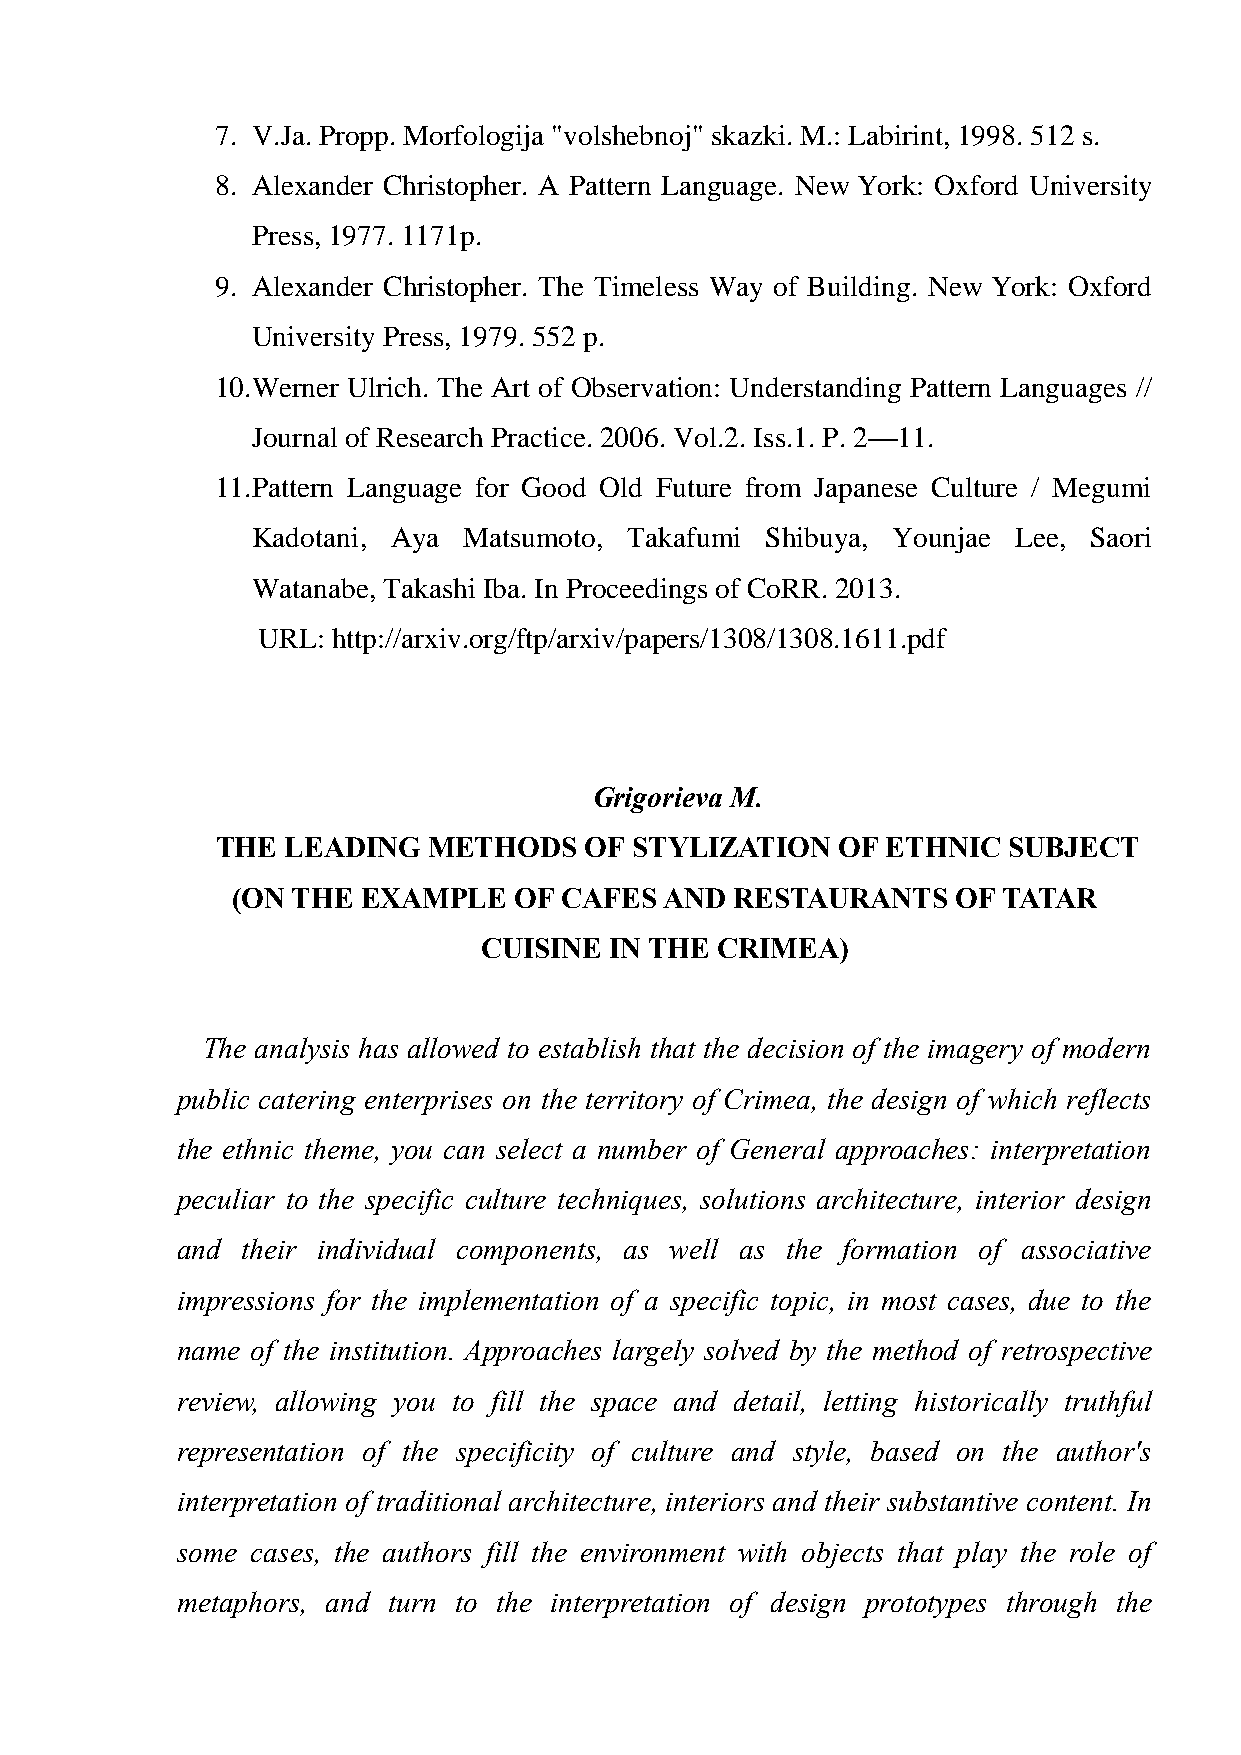
7. V.Ja. Propp. Morfologija "volshebnoj" skazki. M.: Labirint, 1998. 512 s.
 8. Alexander Christopher. A Pattern Language. New York: Oxford University
 Press, 1977. 1171p.
 9. Alexander Christopher. The Timeless Way of Building. New York: Oxford
 University Press, 1979. 552 p.
 10. Werner Ulrich. The Art of Observation: Understanding Pattern Languages //
 Journal of Research Practice. 2006. Vol.2. Iss.1. P. 2—11.
 11. Pattern Language for Good Old Future from Japanese Culture / Megumi
 Kadotani, Aya Matsumoto, Takafumi Shibuya, Younjae Lee, Saori
 Watanabe, Takashi Iba. In Proceedings of CoRR. 2013.
 URL: http://arxiv.org/ftp/arxiv/papers/1308/1308.1611.pdf
 Grigorieva M.
 THE  LEADING  METHODS    OF STYLIZATION   OF ETHNIC  SUBJECT
 (ON THE  EXAMPLE   OF CAFES  AND  RESTAURANTS   OF TATAR
 CUISINE IN THE CRIMEA)
 The analysis has allowed to establish that the decision of the imagery of modern
 public catering enterprises on the territory of Crimea, the design of which reflects
 the ethnic theme, you can select a number of General approaches: interpretation
 peculiar to the specific culture techniques, solutions architecture, interior design
 and their individual components, as well as the formation of associative
 impressions for the implementation of a specific topic, in most cases, due to the
 name of the institution. Approaches largely solved by the method of retrospective
 review, allowing you to fill the space and detail, letting historically truthful
 representation of the specificity of culture and style, based on the author's
 interpretation of traditional architecture, interiors and their substantive content. In
 some cases, the authors fill the environment with objects that play the role of
 metaphors, and turn to the interpretation of design prototypes through the